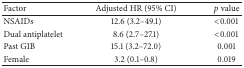
| Factor | Adjusted HR (95% CI) | p value |
 | --- | --- | --- |
 | NSAIDs | 12.6 (3.2–49.1) | <0.001 |
 | Dual antiplatelet | 8.6 (2.7–27.1) | <0.001 |
 | Past GIB | 15.1 (3.2–72.0) | 0.001 |
 | Female | 3.2 (0.1–0.8) | 0.019 |